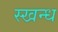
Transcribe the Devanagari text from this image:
स्खन्ध